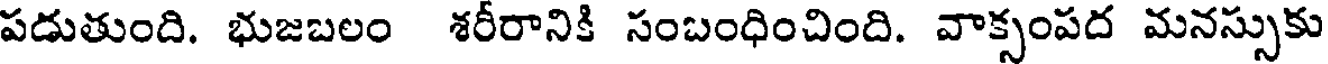
పడుతుంది. భుజబలం శరీరానికి సంబంధించింది. వాక్సంపద మనస్సుకు